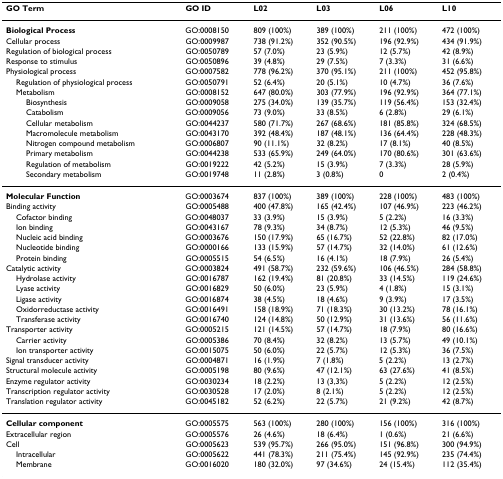
<table><thead><tr><td><b>GO Term</b></td><td><b>GO ID</b></td><td><b>L02</b></td><td><b>L03</b></td><td><b>L06</b></td><td><b>L10</b></td></tr></thead><tbody><tr><td><b>Biological Process</b></td><td>GO:0008150</td><td>809 (100%)</td><td>389 (100%)</td><td>211 (100%)</td><td>472 (100%)</td></tr><tr><td>Cellular process</td><td>GO:0009987</td><td>738 (91.2%)</td><td>352 (90.5%)</td><td>196 (92.9%)</td><td>434 (91.9%)</td></tr><tr><td>Regulation of biological process</td><td>GO:0050789</td><td>57 (7.0%)</td><td>23 (5.9%)</td><td>12 (5.7%)</td><td>42 (8.9%)</td></tr><tr><td>Response to stimulus</td><td>GO:0050896</td><td>39 (4.8%)</td><td>29 (7.5%)</td><td>7 (3.3%)</td><td>31 (6.6%)</td></tr><tr><td>Physiological process</td><td>GO:0007582</td><td>778 (96.2%)</td><td>370 (95.1%)</td><td>211 (100%)</td><td>452 (95.8%)</td></tr><tr><td> Regulation of physiological process</td><td>GO:0050791</td><td>52 (6.4%)</td><td>20 (5.1%)</td><td>10 (4.7%)</td><td>36 (7.6%)</td></tr><tr><td> Metabolism</td><td>GO:0008152</td><td>647 (80.0%)</td><td>303 (77.9%)</td><td>196 (92.9%)</td><td>364 (77.1%)</td></tr><tr><td>Biosynthesis</td><td>GO:0009058</td><td>275 (34.0%)</td><td>139 (35.7%)</td><td>119 (56.4%)</td><td>153 (32.4%)</td></tr><tr><td>Catabolism</td><td>GO:0009056</td><td>73 (9.0%)</td><td>33 (8.5%)</td><td>6 (2.8%)</td><td>29 (6.1%)</td></tr><tr><td>Cellular metabolism</td><td>GO:0044237</td><td>580 (71.7%)</td><td>267 (68.6%)</td><td>181 (85.8%)</td><td>324 (68.5%)</td></tr><tr><td>Macromolecule metabolism</td><td>GO:0043170</td><td>392 (48.4%)</td><td>187 (48.1%)</td><td>136 (64.4%)</td><td>228 (48.3%)</td></tr><tr><td>Nitrogen compound metabolism</td><td>GO:0006807</td><td>90 (11.1%)</td><td>32 (8.2%)</td><td>17 (8.1%)</td><td>40 (8.5%)</td></tr><tr><td>Primary metabolism</td><td>GO:0044238</td><td>533 (65.9%)</td><td>249 (64.0%)</td><td>170 (80.6%)</td><td>301 (63.6%)</td></tr><tr><td>Regulation of metabolism</td><td>GO:0019222</td><td>42 (5.2%)</td><td>15 (3.9%)</td><td>7 (3.3%)</td><td>28 (5.9%)</td></tr><tr><td>Secondary metabolism</td><td>GO:0019748</td><td>11 (2.8%)</td><td>3 (0.8%)</td><td>0</td><td>2 (0.4%)</td></tr><tr><td><b>Molecular Function</b></td><td>GO:0003674</td><td>837 (100%)</td><td>389 (100%)</td><td>228 (100%)</td><td>483 (100%)</td></tr><tr><td>Binding activity</td><td>GO:0005488</td><td>400 (47.8%)</td><td>165 (42.4%)</td><td>107 (46.9%)</td><td>223 (46.2%)</td></tr><tr><td> Cofactor binding</td><td>GO:0048037</td><td>33 (3.9%)</td><td>15 (3.9%)</td><td>5 (2.2%)</td><td>16 (3.3%)</td></tr><tr><td> Ion binding</td><td>GO:0043167</td><td>78 (9.3%)</td><td>34 (8.7%)</td><td>12 (5.3%)</td><td>46 (9.5%)</td></tr><tr><td> Nucleic acid binding</td><td>GO:0003676</td><td>150 (17.9%)</td><td>65 (16.7%)</td><td>52 (22.8%)</td><td>82 (17.0%)</td></tr><tr><td> Nucleotide binding</td><td>GO:0000166</td><td>133 (15.9%)</td><td>57 (14.7%)</td><td>32 (14.0%)</td><td>61 (12.6%)</td></tr><tr><td> Protein binding</td><td>GO:0005515</td><td>54 (6.5%)</td><td>16 (4.1%)</td><td>18 (7.9%)</td><td>26 (5.4%)</td></tr><tr><td>Catalytic activity</td><td>GO:0003824</td><td>491 (58.7%)</td><td>232 (59.6%)</td><td>106 (46.5%)</td><td>284 (58.8%)</td></tr><tr><td> Hydrolase activity</td><td>GO:0016787</td><td>162 (19.4%)</td><td>81 (20.8%)</td><td>33 (14.5%)</td><td>119 (24.6%)</td></tr><tr><td> Lyase activity</td><td>GO:0016829</td><td>50 (6.0%)</td><td>23 (5.9%)</td><td>4 (1.8%)</td><td>15 (3.1%)</td></tr><tr><td> Ligase activity</td><td>GO:0016874</td><td>38 (4.5%)</td><td>18 (4.6%)</td><td>9 (3.9%)</td><td>17 (3.5%)</td></tr><tr><td> Oxidorreductase activity</td><td>GO:0016491</td><td>158 (18.9%)</td><td>71 (18.3%)</td><td>30 (13.2%)</td><td>78 (16.1%)</td></tr><tr><td> Transferase activity</td><td>GO:0016740</td><td>124 (14.8%)</td><td>50 (12.9%)</td><td>31 (13.6%)</td><td>56 (11.6%)</td></tr><tr><td>Transporter activity</td><td>GO:0005215</td><td>121 (14.5%)</td><td>57 (14.7%)</td><td>18 (7.9%)</td><td>80 (16.6%)</td></tr><tr><td> Carrier activity</td><td>GO:0005386</td><td>70 (8.4%)</td><td>32 (8.2%)</td><td>13 (5.7%)</td><td>49 (10.1%)</td></tr><tr><td> Ion transporter activity</td><td>GO:0015075</td><td>50 (6.0%)</td><td>22 (5.7%)</td><td>12 (5.3%)</td><td>36 (7.5%)</td></tr><tr><td>Signal transducer activity</td><td>GO:0004871</td><td>16 (1.9%)</td><td>7 (1.8%)</td><td>5 (2.2%)</td><td>13 (2.7%)</td></tr><tr><td>Structural molecule activity</td><td>GO:0005198</td><td>80 (9.6%)</td><td>47 (12.1%)</td><td>63 (27.6%)</td><td>41 (8.5%)</td></tr><tr><td>Enzyme regulator activity</td><td>GO:0030234</td><td>18 (2.2%)</td><td>13 (3,3%)</td><td>5 (2.2%)</td><td>12 (2.5%)</td></tr><tr><td>Transcription regulator activity</td><td>GO:0030528</td><td>17 (2.0%)</td><td>8 (2.1%)</td><td>5 (2.2%)</td><td>12 (2.5%)</td></tr><tr><td>Translation regulator activity</td><td>GO:0045182</td><td>52 (6.2%)</td><td>22 (5.7%)</td><td>21 (9.2%)</td><td>42 (8.7%)</td></tr><tr><td><b>Cellular component</b></td><td>GO:0005575</td><td>563 (100%)</td><td>280 (100%)</td><td>156 (100%)</td><td>316 (100%)</td></tr><tr><td>Extracellular region</td><td>GO:0005576</td><td>26 (4.6%)</td><td>18 (6.4%)</td><td>1 (0.6%)</td><td>21 (6.6%)</td></tr><tr><td>Cell</td><td>GO:0005623</td><td>539 (95.7%)</td><td>266 (95.0%)</td><td>151 (96.8%)</td><td>300 (94.9%)</td></tr><tr><td> Intracellular</td><td>GO:0005622</td><td>441 (78.3%)</td><td>211 (75.4%)</td><td>145 (92.9%)</td><td>235 (74.4%)</td></tr><tr><td> Membrane</td><td>GO:0016020</td><td>180 (32.0%)</td><td>97 (34.6%)</td><td>24 (15.4%)</td><td>112 (35.4%)</td></tr></tbody></table>